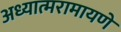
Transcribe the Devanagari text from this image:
अध्यात्मरामायणे